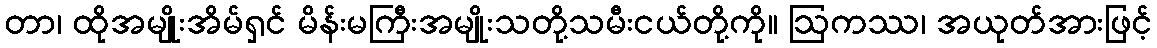
တာ၊ ထိုအမျိုးအိမ်ရှင် မိန်းမကြီးအမျိုးသတို့သမီးငယ်တို့ကို။ ဩကဿ၊ အယုတ်အားဖြင့်